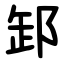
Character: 䣃